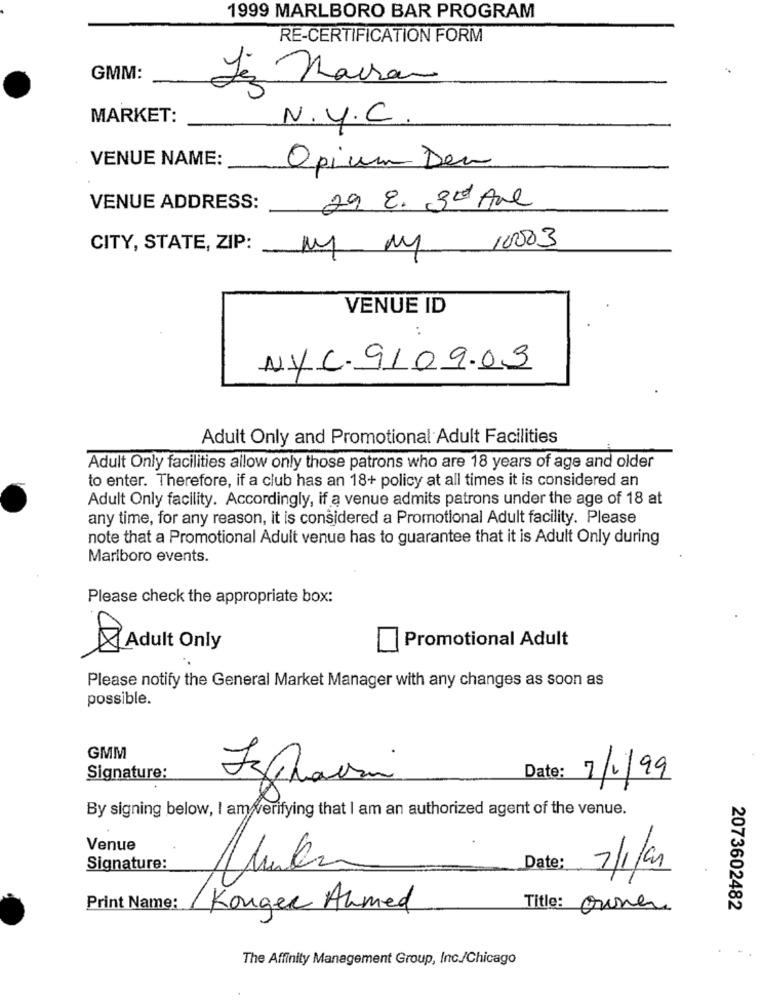
1999 MARLBORO BAR PROGRAM
RE-CERTIFICATION FORM
GMM:
Les Macron
MARKET:
N.Y.C.
VENUE NAME:
Opium Den
VENUE ADDRESS:
29. E. 30 Are
CITY, STATE, ZIP:
my my 10003
VENUE ID
..
NYC. 9109.09
Adult Only and Promotional Adult Facilities
Adult Only facilities allow only those patrons who are 18 years of age and older
to enter. Therefore, if a club has an 18+ policy at all times it is considered an
Adult Only facility. Accordingly, if a venue admits patrons under the age of 18 at
any time, for any reason, it is considered a Promotional Adult facility. Please
note that a Promotional Adult venue has to guarantee that it is Adult Only during
Marlboro events.
Please check the appropriate box:
Promotional Adult
Adult Only
Please notify the General Market Manager with any changes as soon as
possible.
GMM
Date:
Signature:
7/1/99
By signing below, I am verifying that I am an authorized agent of the venue.
Venue
Signature:
Date:
7/1/94
Print Name:
Konger Ahmed
Title: Owner
2073602482
The Affinity Management Group, Inc./Chicago